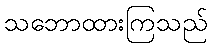
သဘောထားကြသည်